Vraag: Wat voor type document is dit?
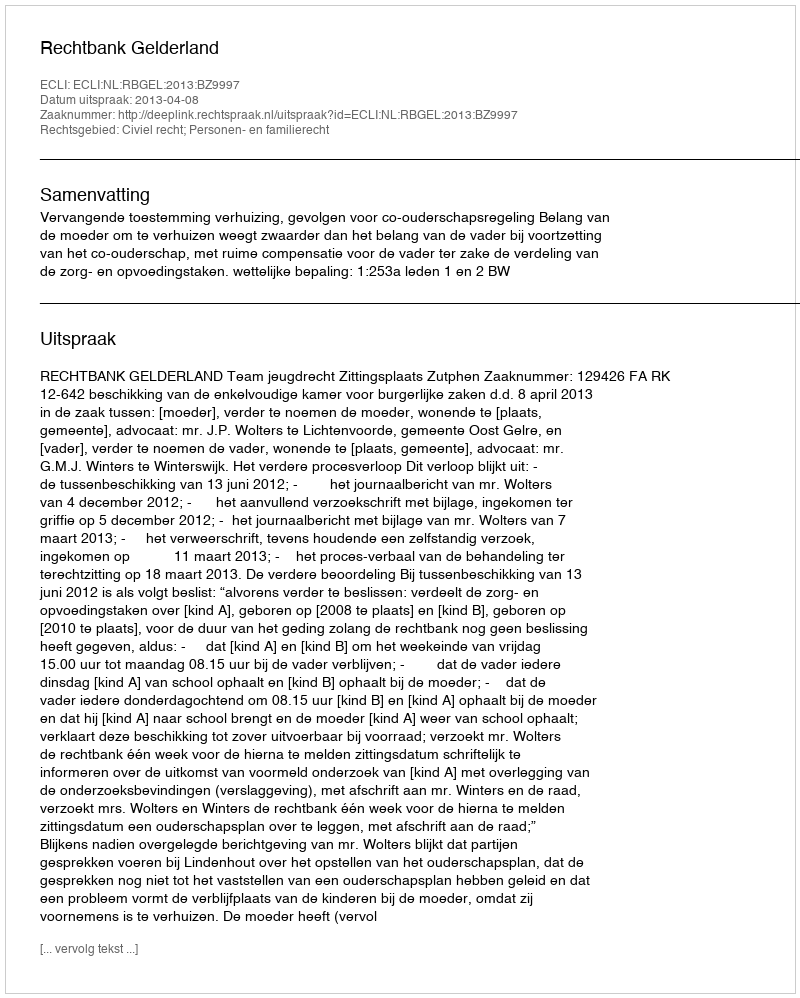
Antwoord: Uitspraak